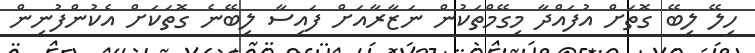
ހިލޭ ލިބޭ ގޮތަށް އުފައްދާ މިގޭމްތަކުން ނަޒާރާއަށް ފައިސާ ލިބޭނެ ގޮތަކަށް އެކުންފުނިން